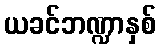
ယခင်ဘဏ္ဍာနှစ်